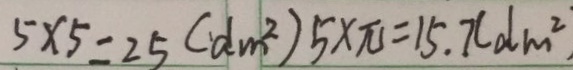
5 \times 5 = 2 5 ( d m ^ { 2 } ) 5 \times \pi = 1 5 . 7 ( d m ^ { 2 }